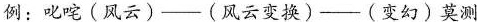
例：叱咤(风云)—(风云变换)—(变幻)莫测